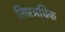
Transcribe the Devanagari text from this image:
लिएअधिक